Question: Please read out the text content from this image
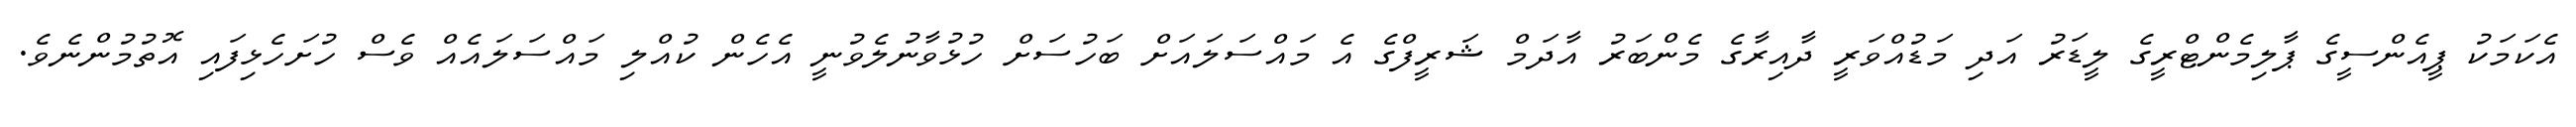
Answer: އެކަމަކު ޕީއެންސީގެ ޕާލިމެންޓްރީގެ ލީޑަރު އަދި މަޑުއްވަރީ ދާއިރާގެ މެންބަރު އާދަމް ޝަރީފްގެ އެ މައްސަލައަށް ބަހުސަށް ހުޅުވާނުލެވުނީ އެހެން ކުއްލި މައްސަލައެއް ވެސް ހުށަހެޅިފައި އޮތުމުންނެވެ.